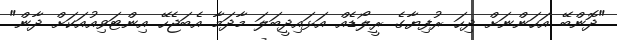
"ދޮންބޭ އަހަންނަށް ދިހަ ރުފިޔާގެ ރީލޯޑެއް އަޅައިދީބަލަ މާދަމާ އެބަޖެހޭ އިންޓަވިއުއަކަށް ދާން"